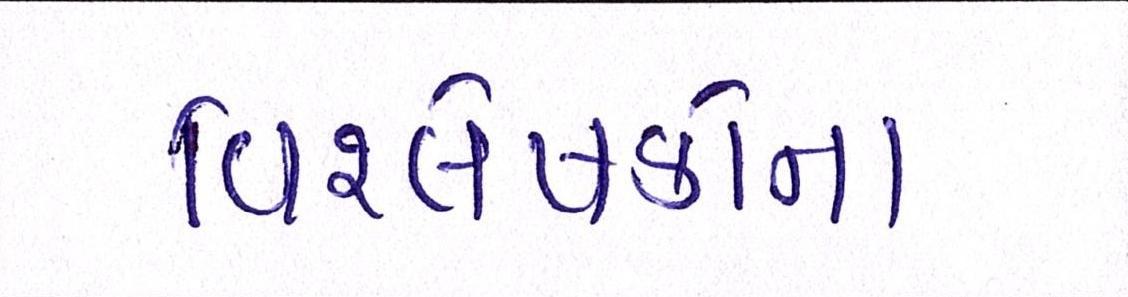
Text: વિશ્લેષકોના